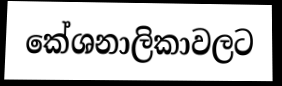
කේශනාලිකාවලට